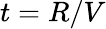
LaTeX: t=R/V